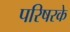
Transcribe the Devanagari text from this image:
परिषरके